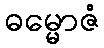
ဓမ္မောဇံ